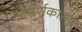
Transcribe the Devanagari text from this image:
दिग्दर्शकासह